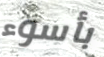
بأسوء